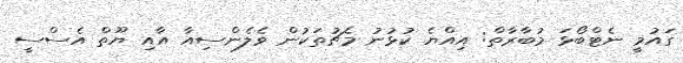
ގައުމީ ނެޓްބޯޅަ މުބާރާތް: އިއްޔެ ކުޅުނު މެޗުތަކުން ވެލެންސިއާ އާއި ޔޫތް އެސްސީ